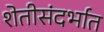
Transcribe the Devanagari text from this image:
शेतीसंदर्भात